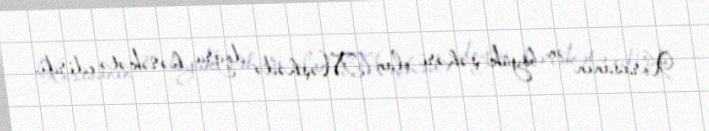
Xorasanın ən böyük şəhəri olan Məşhədə doğru hərəkətə edirdi.